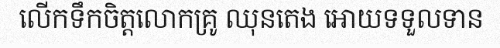
លើកទឹកចិត្តលោកគ្រូ ឈុនតេង អោយទទួលទាន